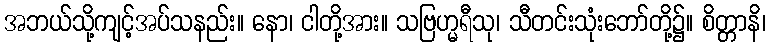
အဘယ်သို့ကျင့်အပ်သနည်း။ နော၊ ငါတို့အား။ သဗြဟ္မရီသု၊ သီတင်းသုံးဘော်တို့၌။ စိတ္တာနိ၊